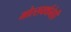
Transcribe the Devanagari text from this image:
मोल्सवर्थनेही